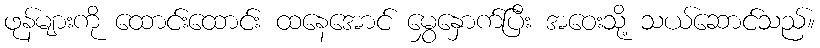
ဖုန်များကို ထောင်းထောင်း ထနေအောင် မွှေနှောက်ပြီး အဝေးသို့ သယ်ဆောင်သည်။